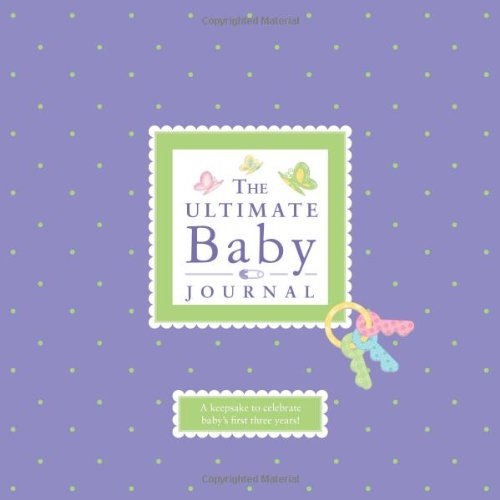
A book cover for The Ultimate Baby Journal; Alex A. Lluch; Parenting & Relationships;